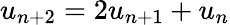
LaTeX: u_{n+2}=2u_{n+1}+u_{n}